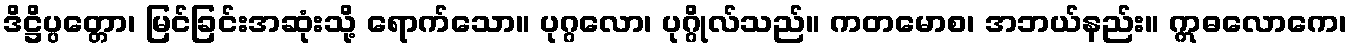
ဒိဋ္ဌိပ္ပတ္တော၊ မြင်ခြင်းအဆုံးသို့ ရောက်သော။ ပုဂ္ဂလော၊ ပုဂ္ဂိုလ်သည်။ ကတမောစ၊ အဘယ်နည်း။ ဣဓလောကေ၊